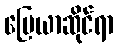
မြေယာဆိုင်ရာ